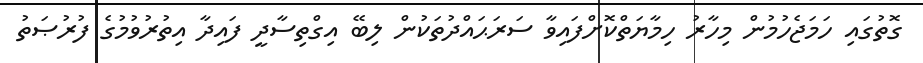
ގޮތުގައި ހަމަޖެހުމުން މިހާރު ހިމާޔަތްކޮށްފައިވާ ސަރަޙައްދުތަކުން ލިބޭ އިގްތިސާދީ ފައިދާ އިތުރުވުމުގެ ފުރުޞަތު